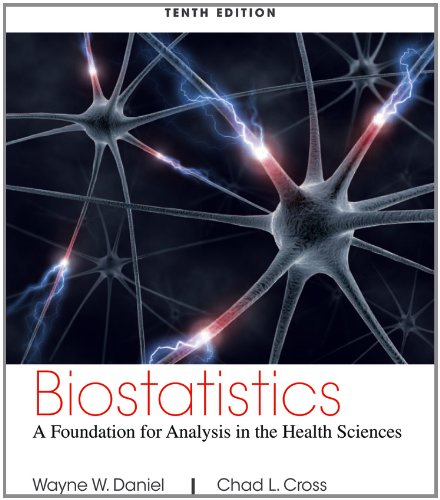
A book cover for Biostatistics: A Foundation for Analysis in the Health Sciences; Wayne W. Daniel; Medical Books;